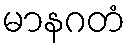
မာနဂတံ